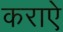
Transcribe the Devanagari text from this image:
कराऐ